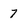
Character: 7